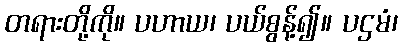
တရားတို့ကို။ ပဟာယ၊ ပယ်စွန့်၍။ ပဌမံ၊